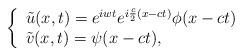
LaTeX: \begin{align*} \left\{\begin{array}{lllll} \tilde{u}(x,t)=e^{iwt}e^{i\frac c2(x-ct)}\phi(x-ct)\\ \tilde{v}(x,t)=\psi(x-ct), \end{array}\right.\end{align*}